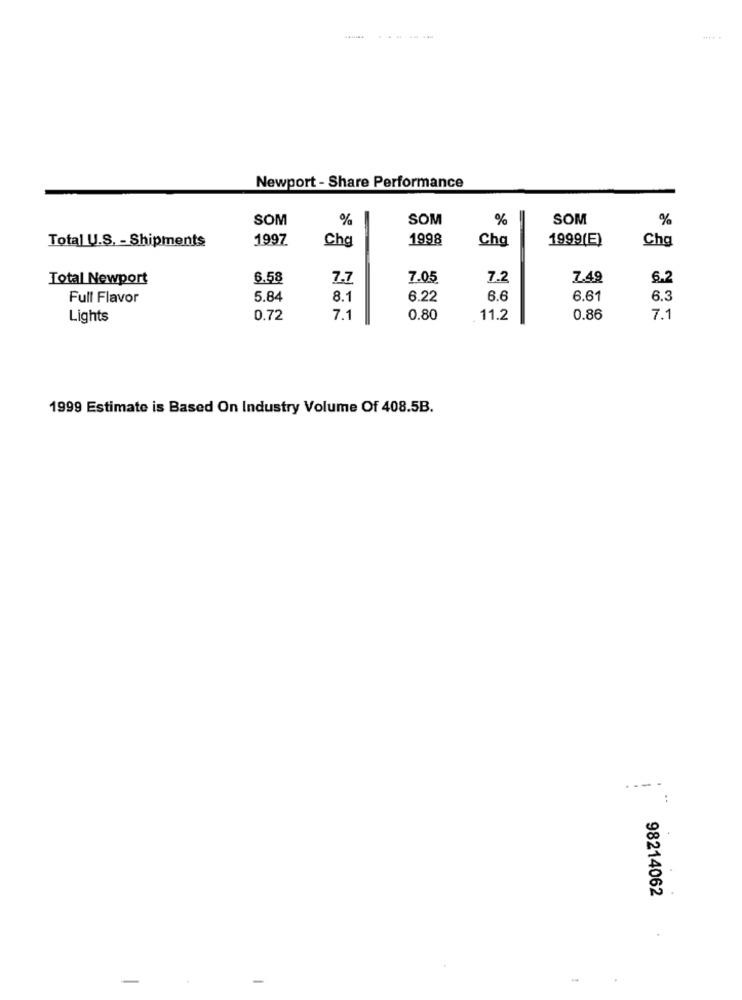
-----
Newport - Share Performance
SOM
%
SOM
%
SOM
%
Total U.S. - Shipments
1997
Cha
1998
Cha
1999(E)
Cha
Total Newport
6.58
7.7
7.05
7.2
7.49
6.2
Full Flavor
5.84
8.1
6.22
6.6
6.61
6.3
Lights
0.72
7.1
0.80
11.2
0.86
7.1
1999 Estimate is Based On Industry Volume Of 408.5B.
---
98214062
.